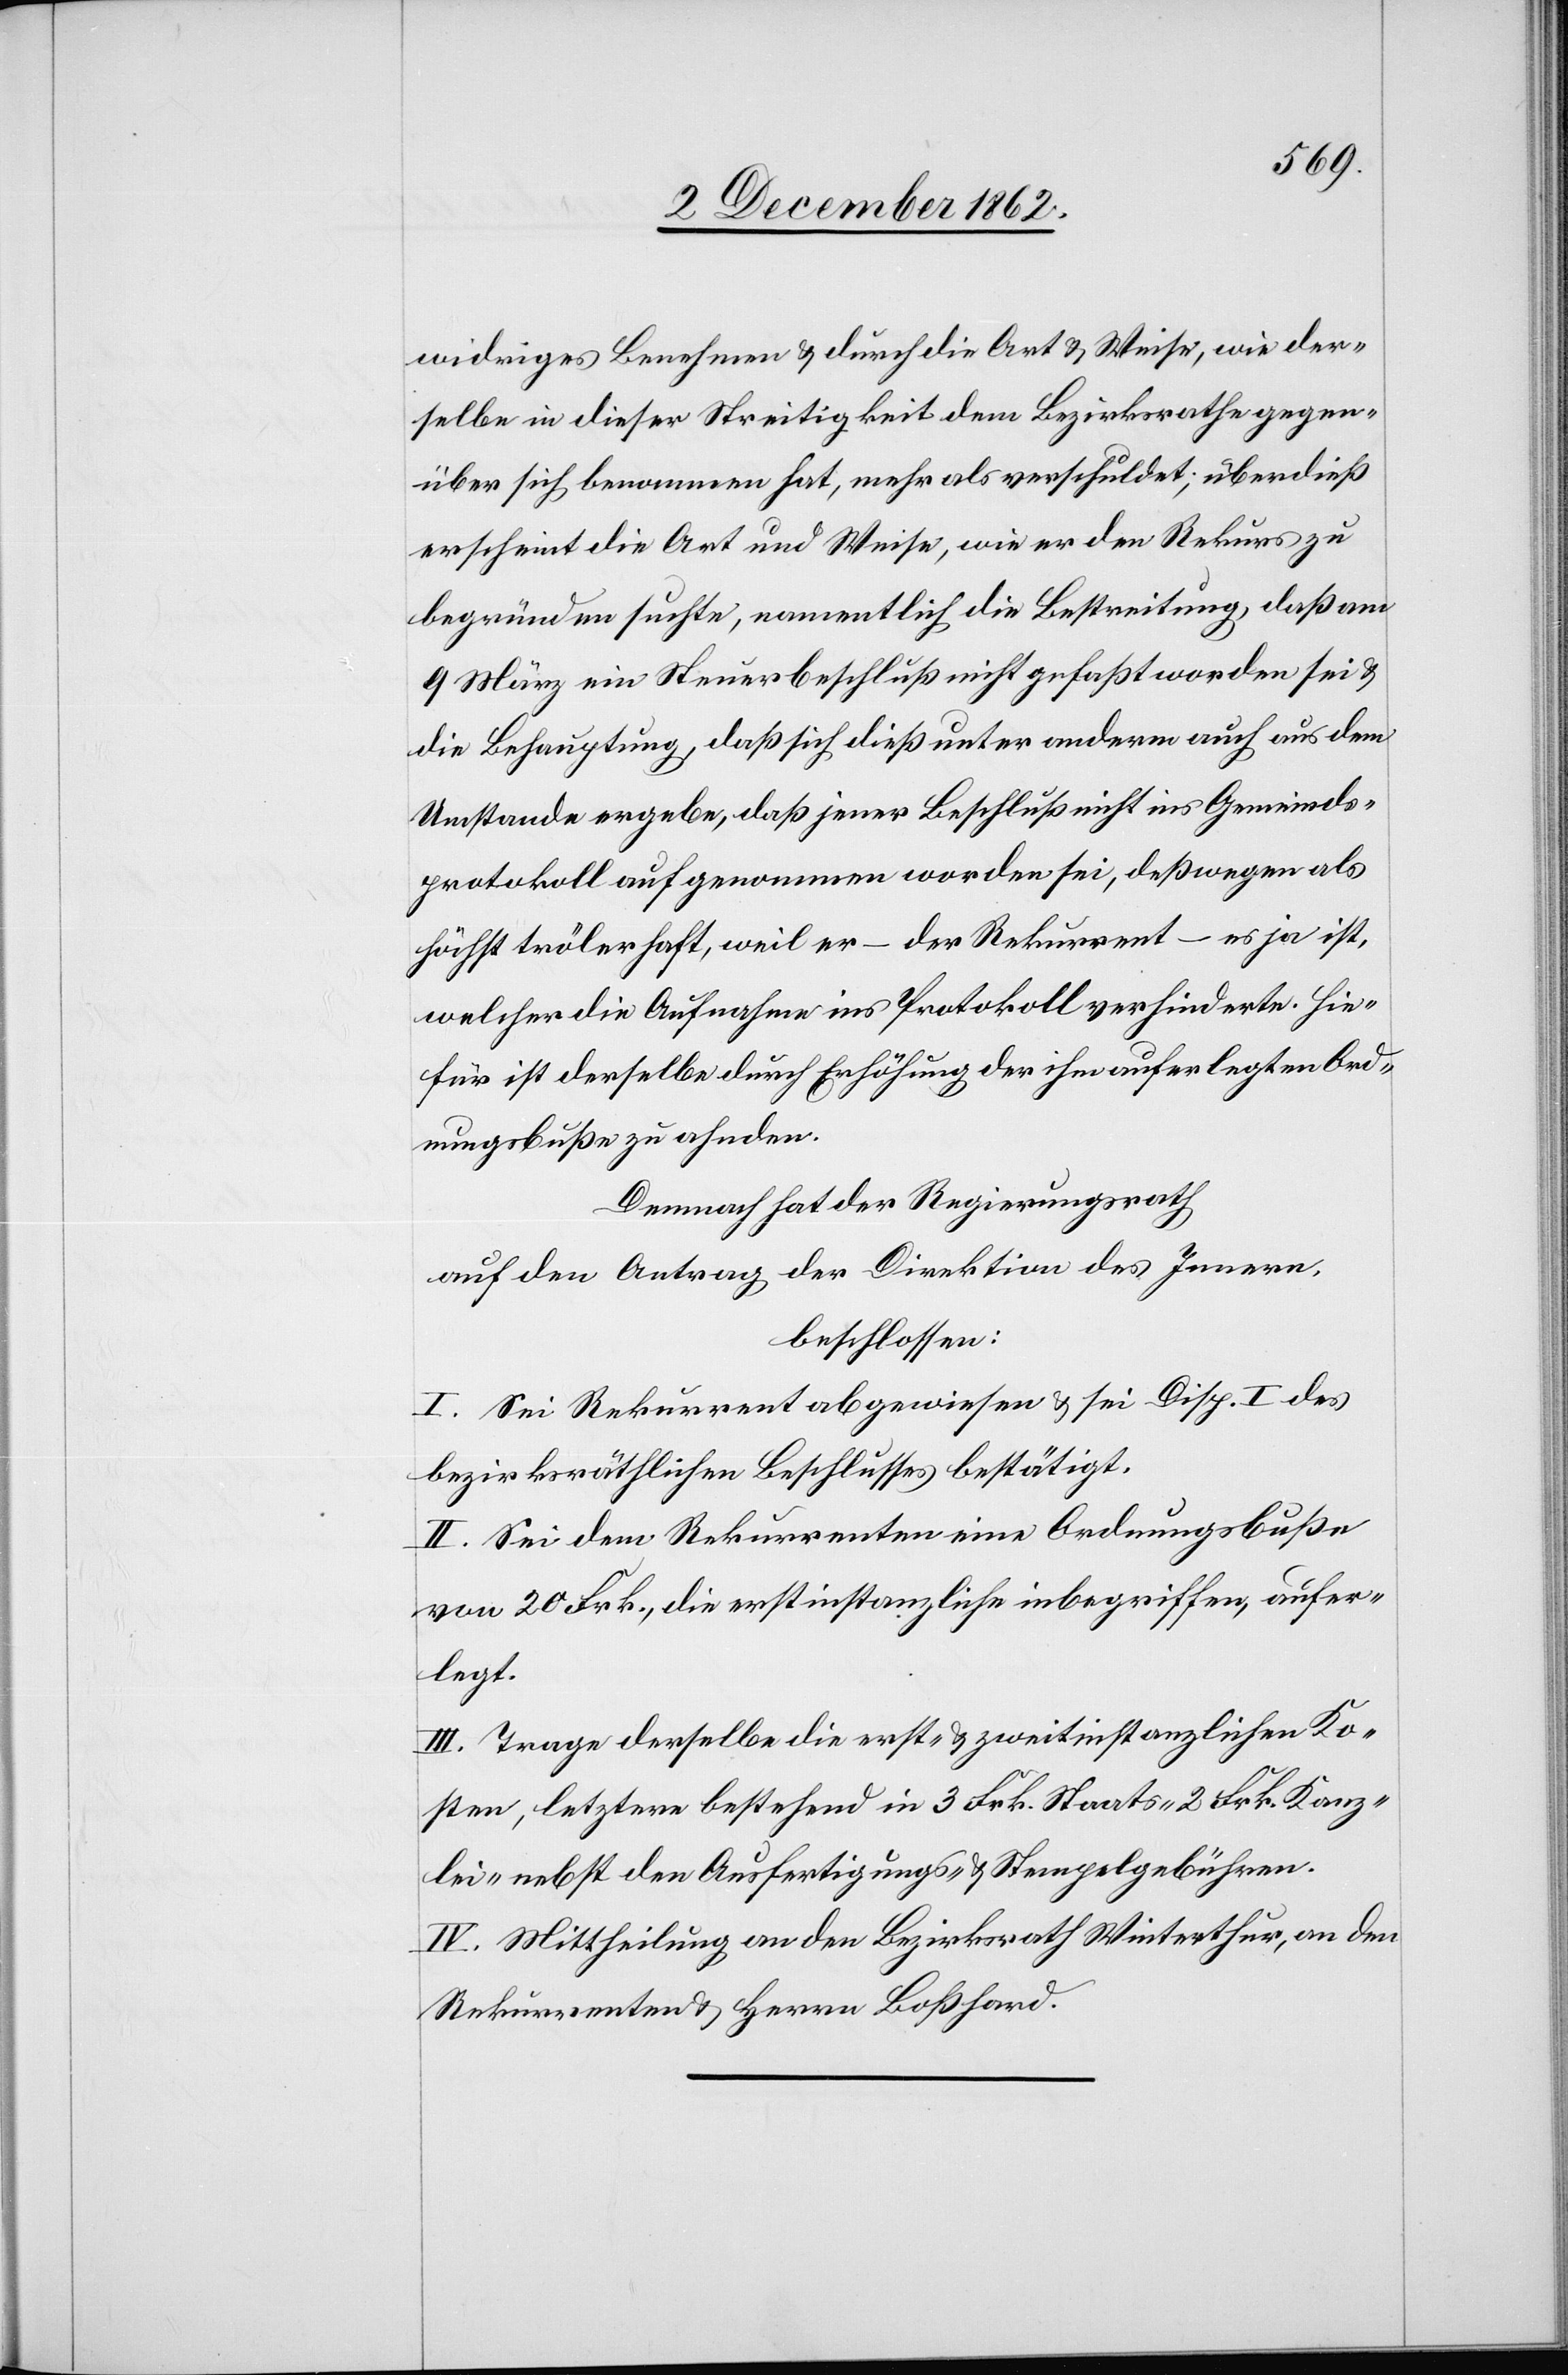
widriges Benehmen u. durch die Art u. Weise, wie der¬
selbe in dieser Streitigkeit dem Bezirksrathe gegen¬
über sich benommen hat, mehr als verschuldet; überdieß
erscheint die Art und Weise, wie er den Rekurs zu
begründen suchte, namentlich die Bestreitung, daß am
9. März ein Steuerbeschluß nicht gefaßt worden sei u.
die Behauptung, daß sich dieß unter anderm auch aus dem
Umstande ergebe, daß jener Beschluß nicht ins Gemeinds¬
protokoll aufgenommen worden sei, deßwegen als
höchst trölerhaft, weil er – der Rekurrent – es ja ist,
welcher die Aufnahme ins Protokoll verhinderte. Hie¬
für ist derselbe durch Erhöhung der ihm auferlegten Ord¬
nungsbuße zu ahnden.
Demnach hat der Regierungsrath
auf den Antrag der Direktion des Innern,
beschlossen:
I. Sei Rekurrent abgewiesen u. sei Disp. I des
bezirksräthlichen Beschlusses bestätigt.
II. Sei dem Rekurrenten eine Ordnungsbuße
von 20 Frk., die erstinstanzliche inbegriffen, aufer¬
legt.
III. Trage derselbe die erst- u. zweitinstanzlichen Ko¬
sten, letztere bestehend in 3 Frk. Staats-[,] 2 Frk. Kanz¬
lei- nebst den Ausfertigungs- u. Stempelgebühren.
IV. Mittheilung an den Bezirksrath Winterthur, an den
Rekurrenten u. Herrn Boßhard.